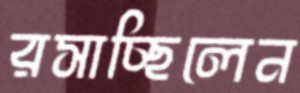
রসাচ্ছিলেন